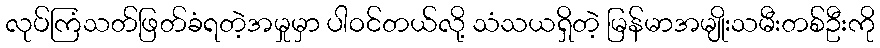
လုပ်ကြံသတ်ဖြတ်ခံရတဲ့အမှုမှာ ပါဝင်တယ်လို့ သံသယရှိတဲ့ မြန်မာအမျိုးသမီးတစ်ဦးကို